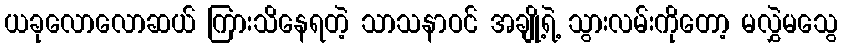
ယခုလောလောဆယ် ကြားသိနေရတဲ့ သာသနာဝင် အချို့ရဲ့ သွားလမ်းကိုတော့ မလွှဲမသွေ